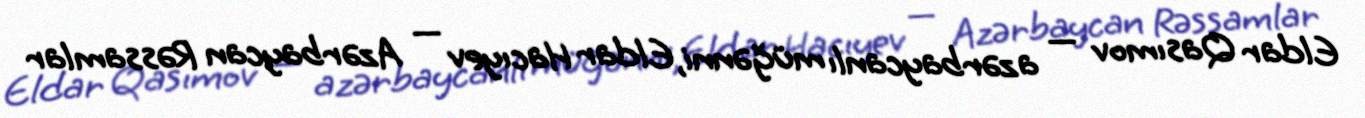
Eldar Qasımov — azərbaycanlı müğənni, Eldar Hacıyev — Azərbaycan Rəssamlar